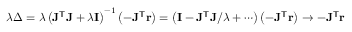
\lambda \Delta = \lambda \left( \mathbf { J ^ { \mathsf { T } } J } + \lambda \mathbf { I } \right) ^ { - 1 } \left( - \mathbf { J } ^ { \mathsf { T } } \mathbf { r } \right) = \left( \mathbf { I } - \mathbf { J ^ { \mathsf { T } } J } / \lambda + \cdots \right) \left( - \mathbf { J } ^ { \mathsf { T } } \mathbf { r } \right) \to - \mathbf { J } ^ { \mathsf { T } } \mathbf { r }